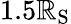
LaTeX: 1.5\mathbb{R}_{\mathrm{{S}}}